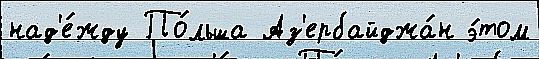
над'е́жду По́льша Аз'ербайджа́н э́том